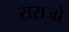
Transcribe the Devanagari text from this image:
सराजो